Indian Civil Veterinary Department memoirs
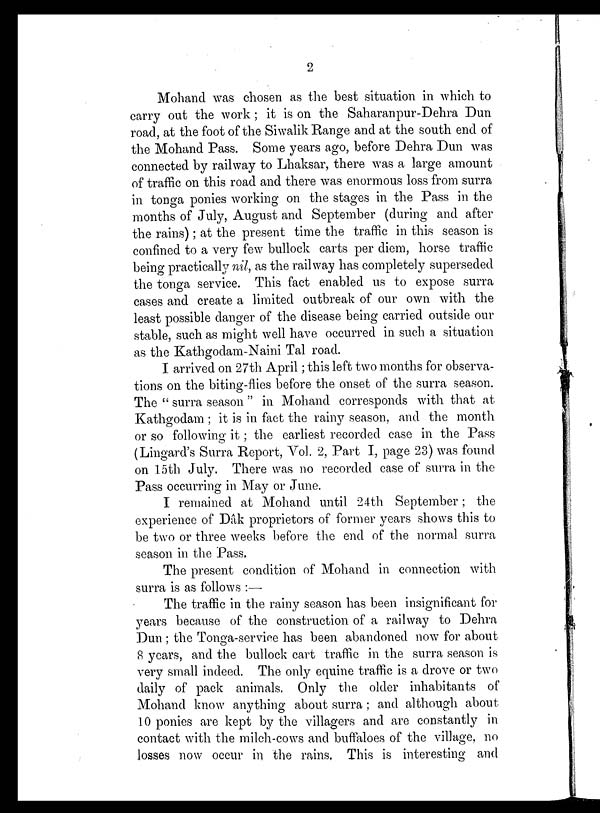
2
Mohand was chosen as the best situation in which to
carry out the work; it is on the Saharanpur-Dehra Dun
road, at the foot of the Siwalik Range and at the south end of
the Mohand Pass. Some years ago, before Dehra Dun was
connected by railway to Lhaksar, there was a large amount
of traffic on this road and there was enormous loss from surra
in tonga ponies working on the stages in the Pass in the
months of July, August and September (during and after
the rains); at the present time the traffic in this season is
confined to a very few bullock carts per diem, horse traffic
being practically nil, as the railway has completely superseded
the tonga service. This fact enabled us to expose surra
cases and create a limited outbreak of our own with the
least possible danger of the disease being carried outside our
stable, such as might well have occurred in such a situation
as the Kathgodam-Naini Tal road.
I arrived on 27th April; this left two months for observa-
tions on the biting-flies before the onset of the surra season.
The "surra season" in Mohand corresponds with that at
Kathgodam; it is in fact the rainy season, and the month
or so following it; the earliest recorded case in the Pass
(Lingard's Surra Report, Vol. 2, Part I, page 23) was found
on 15th July. There was no recorded case of surra in the
Pass occurring in May or June.
I remained at Mohand until 24th September; the
experience of Dâk proprietors of former years shows this to
be two or three weeks before the end of the normal surra
season in the Pass.
The present condition of Mohand in connection with
surra is as follows:—
The traffic in the rainy season has been insignificant for
years because of the construction of a railway to Dehra
Dun; the Tonga-service has been abandoned now for about
8 years, and the bullock cart traffic in the surra season is
very small indeed. The only equine traffic is a drove or two
daily of pack animals. Only the older inhabitants of
Mohand know anything about surra; and although about
10 ponies are kept by the villagers and are constantly in
contact with the milch-cows and buffaloes of the village, no
losses now occur in the rains, This is interesting and